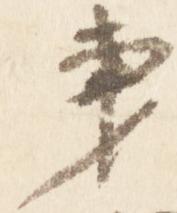
秉